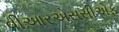
વીઆરએસસીએફ